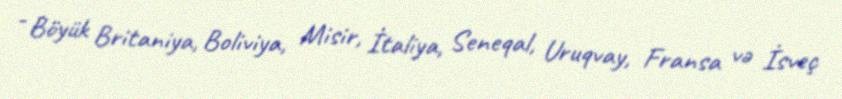
- Böyük Britaniya, Boliviya, Misir, İtaliya, Seneqal, Uruqvay, Fransa və İsveç